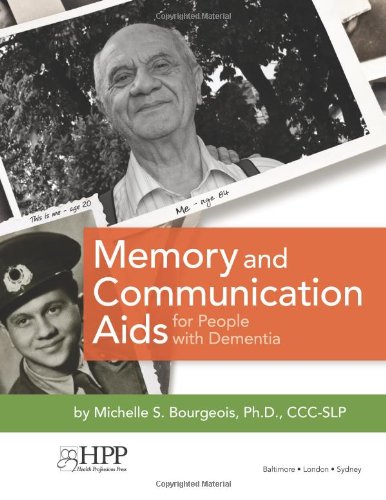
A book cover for Memory and Communication Aids for People with Dementia; Michelle Bourgeois PhD  CCC-SLP; Medical Books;